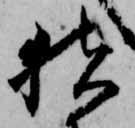
猪